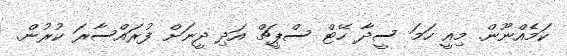
ކަމެއްނޫން. މިއީ ހަމަ ސީދާ ހޭޓް ސްޕީޗް އަދި ދީނަށް ފުރައްސާރަ ކުރުން.